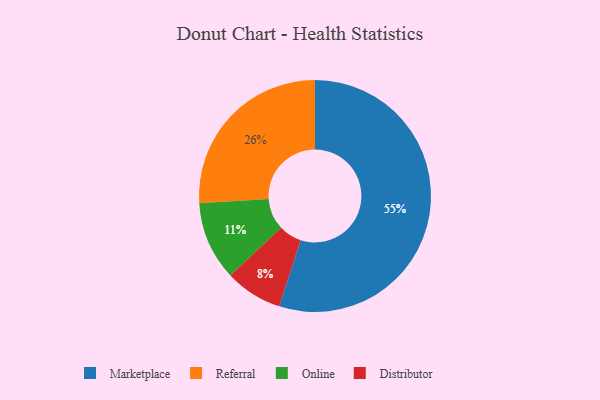
{"axis": {"x": "Category", "y": "Percentage"}, "legend": ["Distributor", "Marketplace", "Online", "Referral"], "data": [{"x": "Distributor", "y": 8, "type": "Distributor"}, {"x": "Online", "y": 11, "type": "Online"}, {"x": "Marketplace", "y": 55, "type": "Marketplace"}, {"x": "Referral", "y": 26, "type": "Referral"}]}